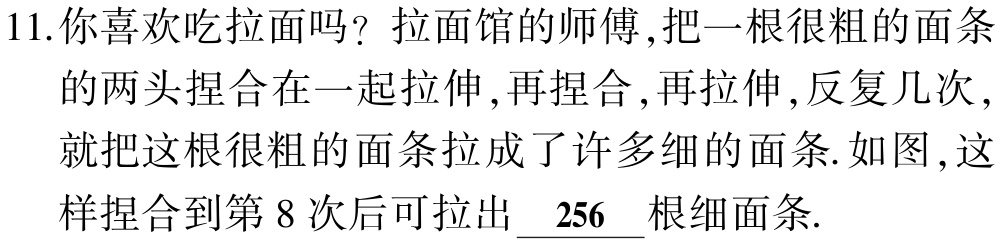
11.你喜欢吃拉面吗？拉面馆的师傅,把一根很粗的面条的两头捏合在一起拉伸,再捏合,再拉伸,反复几次,就把这根很粗的面条拉成了许多细的面条.如图,这样捏合到第 8 次后可拉出$\underline{256}$根细面条.